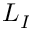
L _ { I }